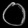
Digit: ၀